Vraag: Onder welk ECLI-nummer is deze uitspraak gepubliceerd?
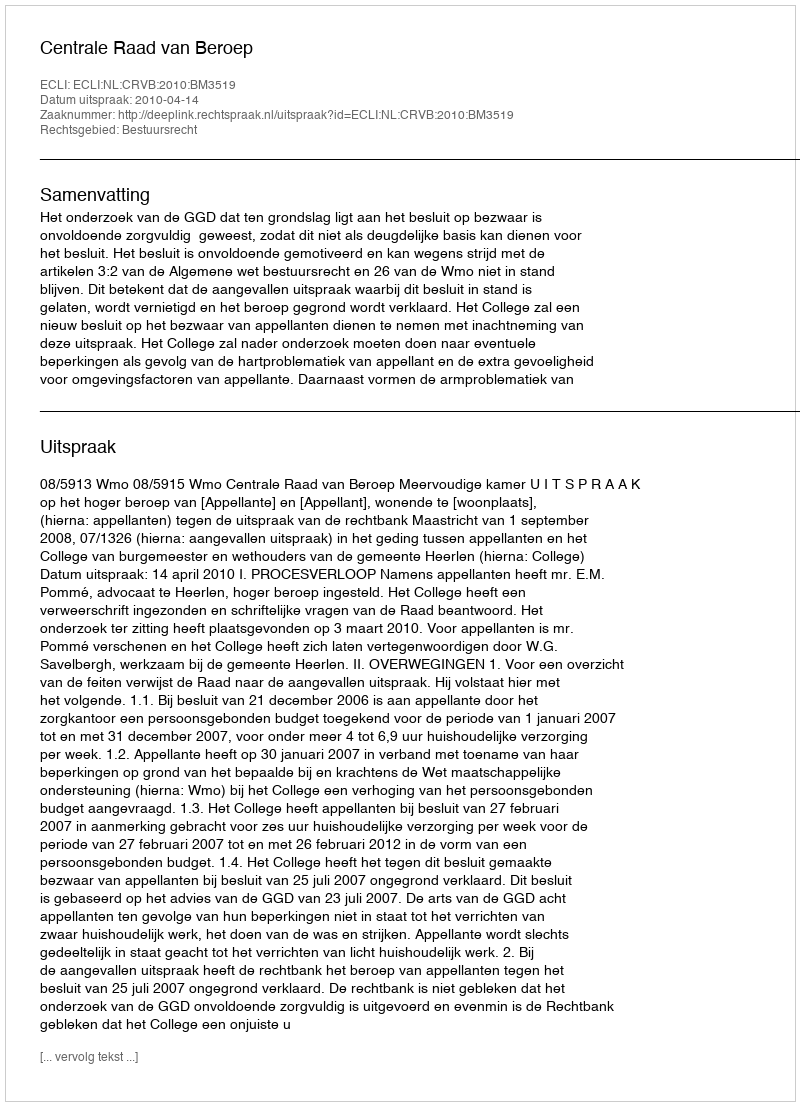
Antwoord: ECLI:NL:CRVB:2010:BM3519